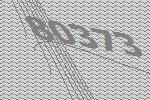
80373